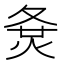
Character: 𡕛